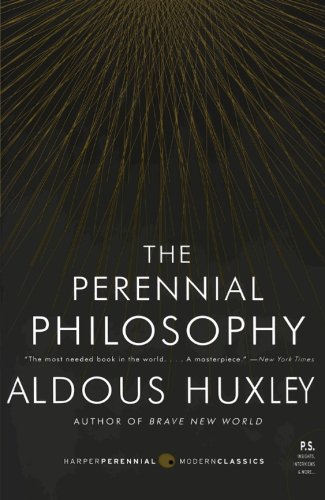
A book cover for The Perennial Philosophy: An Interpretation of the Great Mystics, East and West; Aldous Huxley; Politics & Social Sciences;